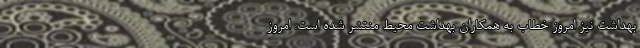
بهداشت نیز امروز خطاب به همکاران بهداشت محیط منتشر شده است. امروز